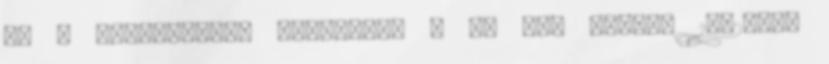
Ez a világnézeti különbség a fő ok, amiért 1902-ben